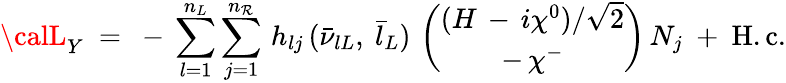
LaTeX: {\calL}_{Y}\ =\ -\, \sum_{l=1}^{n_{L}}\sum_{j=1}^{n_{\mathcal{R}}}\, h_{lj}\, (\bar{{\nu}}_{lL},\ \bar{{l}}_{L})\, \left(\begin{array}{c}{{(H\, -\, i\chi^{0})/\sqrt{2}}}\\ {{-\, \chi^{-}}}\end{array}\right)\, N_{j}\ +\ \mathrm{{H.c.}}